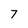
Character: 7